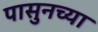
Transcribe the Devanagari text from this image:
पासुनच्या